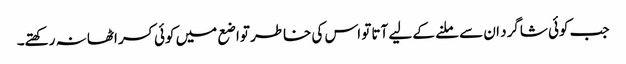
جب کوئی شاگرد ان سے ملنے کے لیے آتا تو اس کی خاطر تواضع میں کوئی کسر اٹھا نہ رکھتے۔